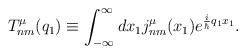
LaTeX: \begin{align*}T_{nm}^{\mu}(q_1) \equiv \int_{-\infty}^{\infty} dx_1j_{nm}^{\mu}(x_1) e^{\frac{i}{\hbar}q_1x_1} .\end{align*}